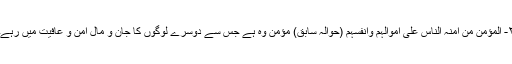
۲- المؤمن من أمنہ الناس علی أموالہم وأنفسہم (حوالہ سابق) مؤمن وہ ہے جس سے دوسرے لوگوں کا جان و مال امن و عافیت میں رہے۔